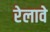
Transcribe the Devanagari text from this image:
रेलावे